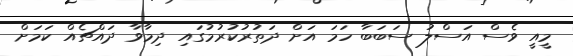
މީއީ ވެސް އަސްލު ސަބަބާ ހަމަ އަށް ދަތުރުކުރުމުގައި ދިމާވާ ދައްޗެއް ކަމަށް